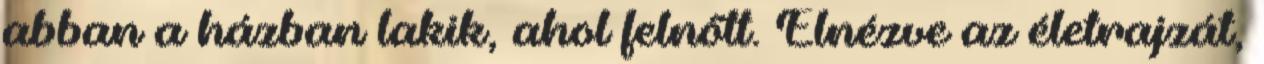
abban a házban lakik, ahol felnőtt. Elnézve az életrajzát,